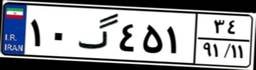
۱۰گ۴۵۱۳۴